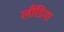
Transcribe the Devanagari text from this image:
लौंडिया